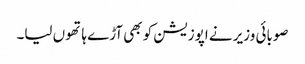
صوبائی وزیر نے اپوزیشن کو بھی آڑے ہاتھوں لیا۔